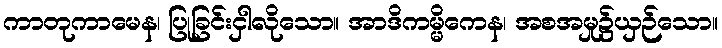
ကာတုကာမေန၊ ပြုခြင်းငှါလိုသော။ အာဒိကမ္မိကေန၊ အစအမှု၌ယှဉ်သော။